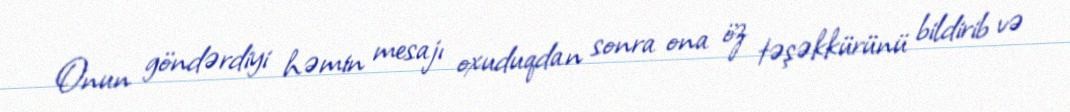
Onun göndərdiyi həmin mesajı oxuduqdan sonra ona öz təşəkkürünü bildirib və